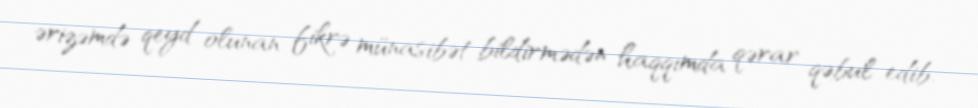
ərizəmdə qeyd olunan fikrə münasibət bildirmədən haqqımda qərar qəbul edib.